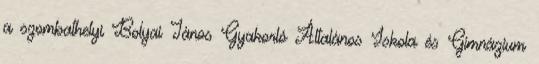
a szombathelyi Bolyai János Gyakorló Általános Iskola és Gimnázium